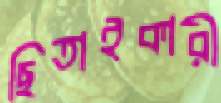
ছিতাইকারী